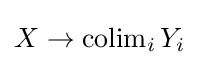
X\to \operatorname {colim} _{i}Y_{i}